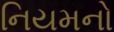
નિયમનો